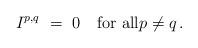
LaTeX: \begin{align*} I^{p,q} \ = \ 0 \quad\hbox{for all}p\not=q\,.\end{align*}